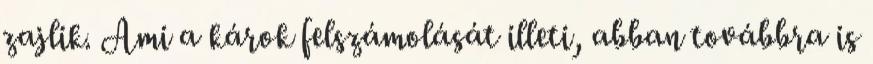
zajlik. Ami a károk felszámolását illeti, abban továbbra is